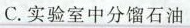
C.实验室中分馏石油